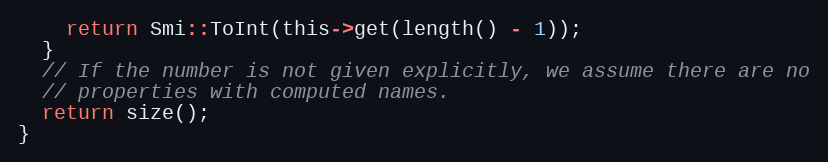
Language: C
    return Smi::ToInt(this->get(length() - 1));
  }
  // If the number is not given explicitly, we assume there are no
  // properties with computed names.
  return size();
}